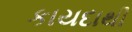
કાયદાથી